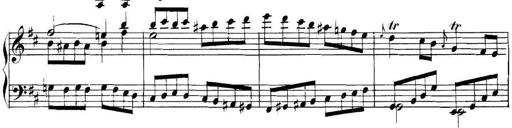
Title: Collected Piano Sonatas
Composer: Muzio Clementi